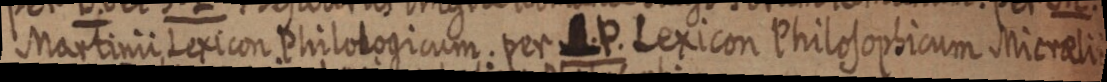
Martinii Lexicon Philologicum. per .P. Lexicon Philosophicum Mierali